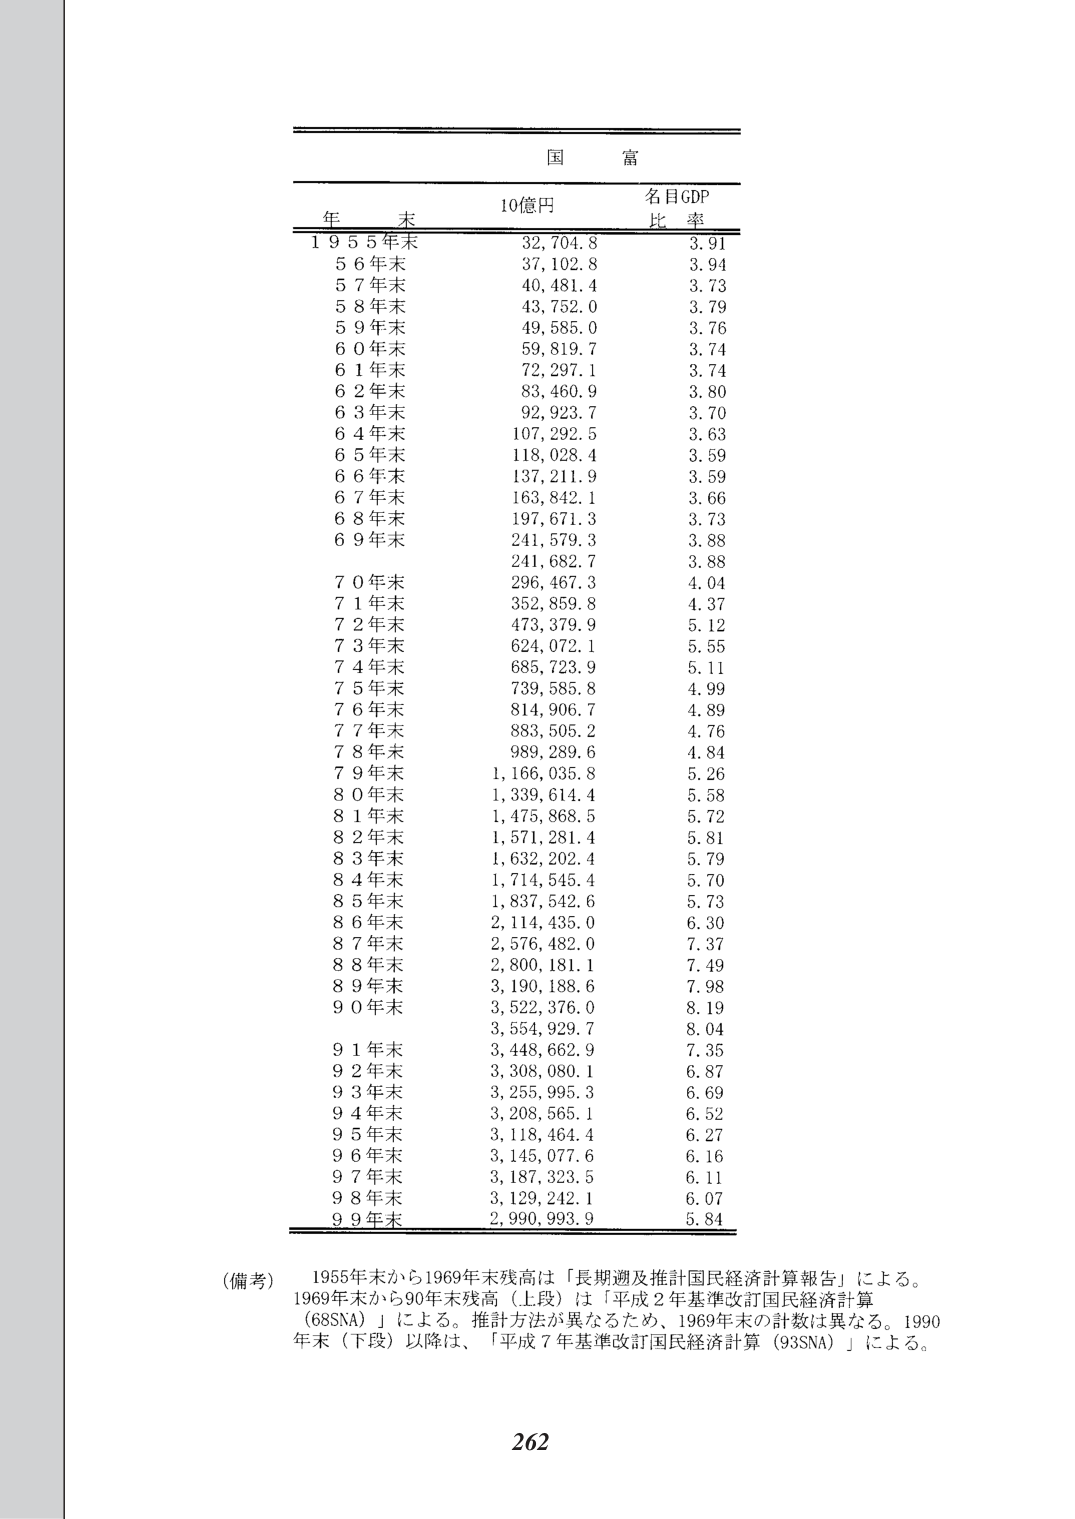
国 富

年 末 10億円 名目GDP 比 率
1955年末 32,704.8 3.91
56年末 37,102.8 3.94
57年末 40,481.4 3.73
58年末 43,752.0 3.79
59年末 49,585.0 3.76
60年末 59,819.7 3.74
61年末 72,297.1 3.74
62年末 83,460.9 3.80
63年末 92,923.7 3.70
64年末 107,292.5 3.63
65年末 118,028.4 3.59
66年末 137,211.9 3.59
67年末 163,842.1 3.66
68年末 197,671.3 3.73
69年末 241,579.3 3.88
  241,682.7 3.88
70年末 296,467.3 4.04
71年末 352,859.8 4.37
72年末 473,379.9 5.12
73年末 624,072.1 5.55
74年末 685,723.9 5.11
75年末 739,585.8 4.99
76年末 814,906.7 4.89
77年末 883,505.2 4.76
78年末 989,289.6 4.84
79年末 1,166,035.8 5.26
80年末 1,339,614.4 5.58
81年末 1,475,868.5 5.72
82年末 1,571,281.4 5.81
83年末 1,632,202.4 5.79
84年末 1,714,545.4 5.70
85年末 1,837,542.6 5.73
86年末 2,114,435.0 6.30
87年末 2,576,482.0 7.37
88年末 2,800,181.1 7.49
89年末 3,190,188.6 7.98
90年末 3,522,376.0 8.19
  3,554,929.7 8.04
91年末 3,448,662.9 7.35
92年末 3,308,080.1 6.87
93年末 3,255,995.3 6.69
94年末 3,208,565.1 6.52
95年末 3,118,464.4 6.27
96年末 3,145,077.6 6.16
97年末 3,187,323.5 6.11
98年末 3,129,242.1 6.07
99年末 2,990,993.9 5.84

（備考） 1955年末から1969年末残高は「長期週及推計国民経済計算報告」による。
1969年末から90年末残高（上段）は「平成２年基準改訂国民経済計算
（68SNA）」による。推計方法が異なるため、1969年末の計数は異なる。1990
年末（下段）以降は、「平成７年基準改訂国民経済計算（93SNA）」による。

262